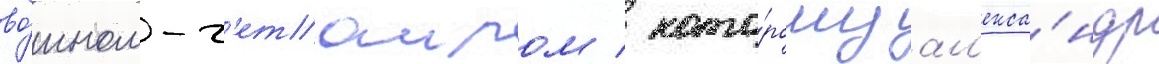
во́ином-г'етаиром / кото́рому ал'екса́ндр